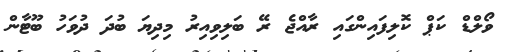
ވޯލްޑް ކަޕް ކޮލިފައިންގައި ރާއްޖެ ރޭ ބަލިވިއިރު މިދިޔަ ބުދަ ދުވަހު ބޫޓާން